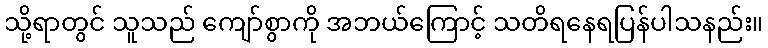
သို့ရာတွင် သူသည် ကျော်စွာကို အဘယ်ကြောင့် သတိရနေရပြန်ပါသနည်း။